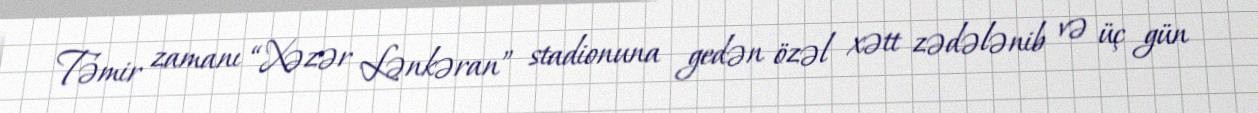
Təmir zamanı “Xəzər Lənkəran” stadionuna gedən özəl xətt zədələnib və üç gün